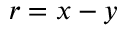
\boldsymbol { r } = \boldsymbol { x } - \boldsymbol { y }